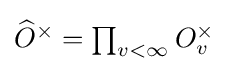
\textstyle {\widehat {O}}^{\times }=\prod _{v<\infty }O_{v}^{\times }